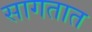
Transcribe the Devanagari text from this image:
सागतात